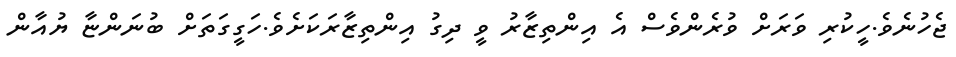
ޖެހުނެވެ.ހީކުރި ވަރަށް ވުރެންވެސް އެ އިންތިޒާރު ވީ ދިގު އިންތިޒާރަކަށެވެ.ހަގީގަތަށް ބުނަންޏާ ޔުއާން